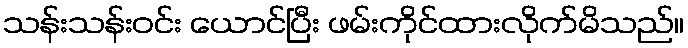
သန်းသန်းဝင်း ယောင်ပြီး ဖမ်းကိုင်ထားလိုက်မိသည်။